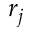
r _ { j }